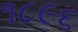
૧૮૯૬